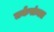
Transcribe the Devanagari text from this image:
तर्कसंमत